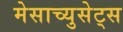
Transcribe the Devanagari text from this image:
मेसाच्युसेट्स